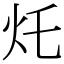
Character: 灹